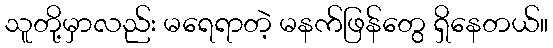
သူတို့မှာလည်း မရေရာတဲ့ မနက်ဖြန်တွေ ရှိနေတယ်။